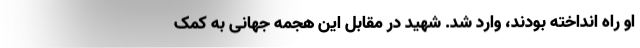
او راه انداخته بودند، وارد شد. شهید در مقابل این هجمه جهانی به کمک